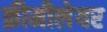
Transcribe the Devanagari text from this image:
क्रीमीलेयर